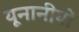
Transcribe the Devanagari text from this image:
यूनानीयों